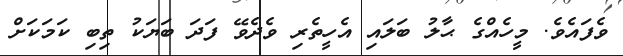
ވެފައެވެ. މީހެއްގެ ޙާލު ބަލައި އެހީތެރި ވެދެވޭ ފަދަ ބަޔަކު ތިބި ކަމަކަށް